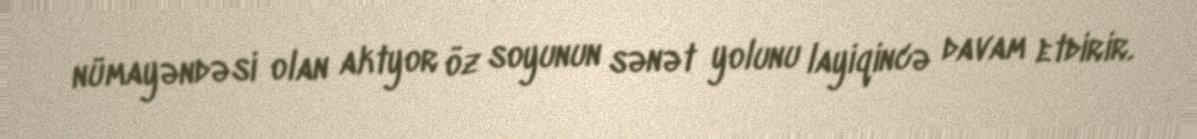
nümayəndəsi olan aktyor öz soyunun sənət yolunu layiqincə davam etdirir.